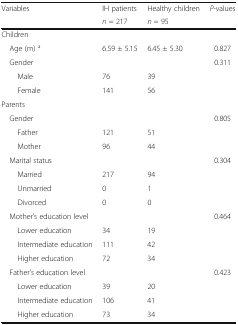
<table><thead><tr><td><b>Variables</b></td><td><b>IH patients</b></td><td><b>Healthy children</b></td><td><b><i>P</i>-values</b></td></tr><tr><td></td><td><b><i>n</i> = 217</b></td><td><b><i>n</i> = 95</b></td><td></td></tr></thead><tbody><tr><td colspan="4">Children</td></tr><tr><td> Age (m) <sup>a</sup></td><td>6.59 ± 5.15</td><td>6.45 ± 5.30</td><td>0.827</td></tr><tr><td> Gender</td><td></td><td></td><td>0.311</td></tr><tr><td>Male</td><td>76</td><td>39</td><td></td></tr><tr><td>Female</td><td>141</td><td>56</td><td></td></tr><tr><td colspan="4">Parents</td></tr><tr><td> Gender</td><td></td><td></td><td>0.805</td></tr><tr><td>Father</td><td>121</td><td>51</td><td></td></tr><tr><td>Mother</td><td>96</td><td>44</td><td></td></tr><tr><td> Marital status</td><td></td><td></td><td>0.304</td></tr><tr><td>Married</td><td>217</td><td>94</td><td></td></tr><tr><td>Unmarried</td><td>0</td><td>1</td><td></td></tr><tr><td>Divorced</td><td>0</td><td>0</td><td></td></tr><tr><td> Mother’s education level</td><td></td><td></td><td>0.464</td></tr><tr><td>Lower education</td><td>34</td><td>19</td><td></td></tr><tr><td>Intermediate education</td><td>111</td><td>42</td><td></td></tr><tr><td>Higher education</td><td>72</td><td>34</td><td></td></tr><tr><td> Father’s education level</td><td></td><td></td><td>0.423</td></tr><tr><td>Lower education</td><td>39</td><td>20</td><td></td></tr><tr><td>Intermediate education</td><td>106</td><td>41</td><td></td></tr><tr><td>Higher education</td><td>73</td><td>34</td><td></td></tr></tbody></table>